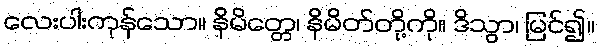
လေးပါးကုန်သော။ နိမိတ္တေ၊ နိမိတ်တို့ကို။ ဒိသွာ၊ မြင်၍။